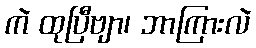
ကဲ ထုပြီဗျာ၊ ဘာကြားလဲ